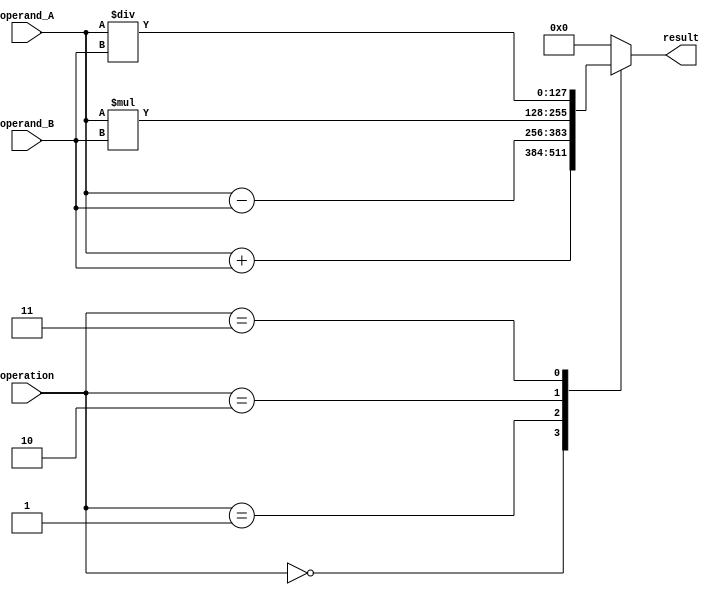
module QuadruplePrecisionFloatingPointUnit(
  input wire [127:0] operand_A,
  input wire [127:0] operand_B,
  input wire [2:0] operation,
  output reg [127:0] result
);

always @ (operand_A or operand_B or operation) begin
  case(operation)
    3'b000: result <= operand_A + operand_B; // Addition
    3'b001: result <= operand_A - operand_B; // Subtraction
    3'b010: result <= operand_A * operand_B; // Multiplication
    3'b011: result <= operand_A / operand_B; // Division
    default: result <= 128'h0; // Default value
  endcase
end

endmodule